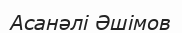
Асанәлі Әшімов